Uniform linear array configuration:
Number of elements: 12
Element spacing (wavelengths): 0.75
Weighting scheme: cosine
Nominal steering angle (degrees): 60
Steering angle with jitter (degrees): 60.288
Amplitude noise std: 0.05
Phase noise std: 0.05

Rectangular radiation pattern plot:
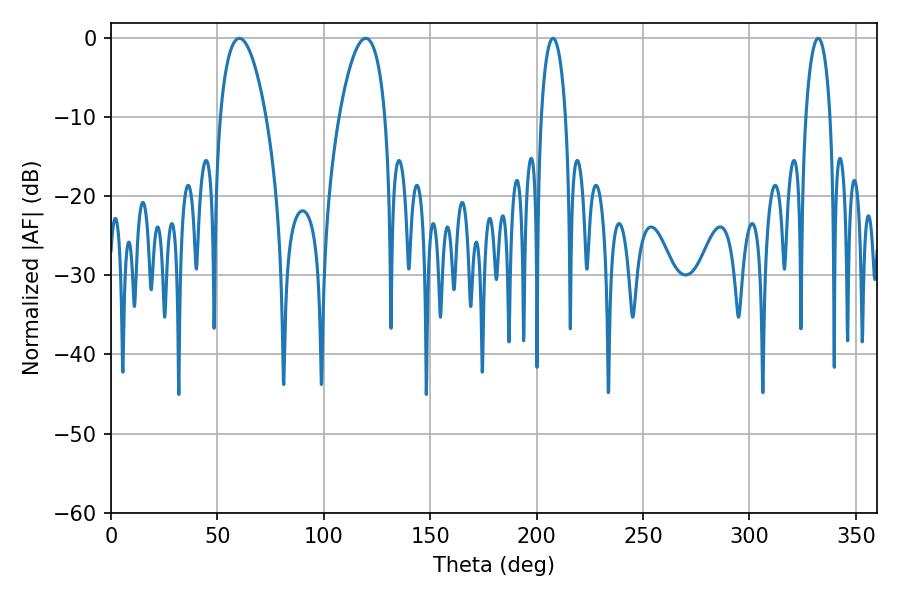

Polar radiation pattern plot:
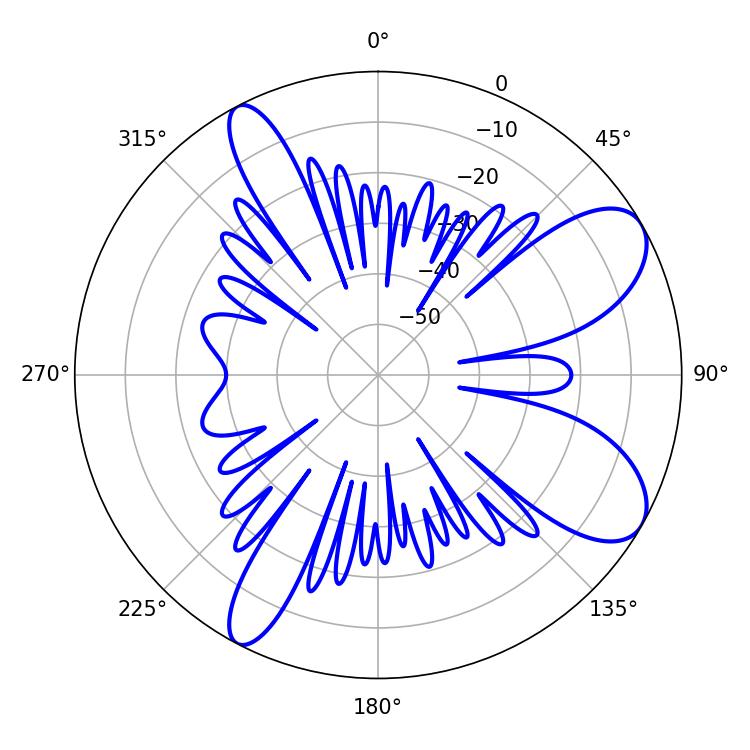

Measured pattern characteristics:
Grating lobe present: TRUE
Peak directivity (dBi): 8.604
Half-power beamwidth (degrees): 12.06
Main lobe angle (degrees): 60.3